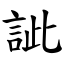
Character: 訿